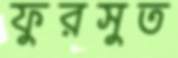
ফুরসুত